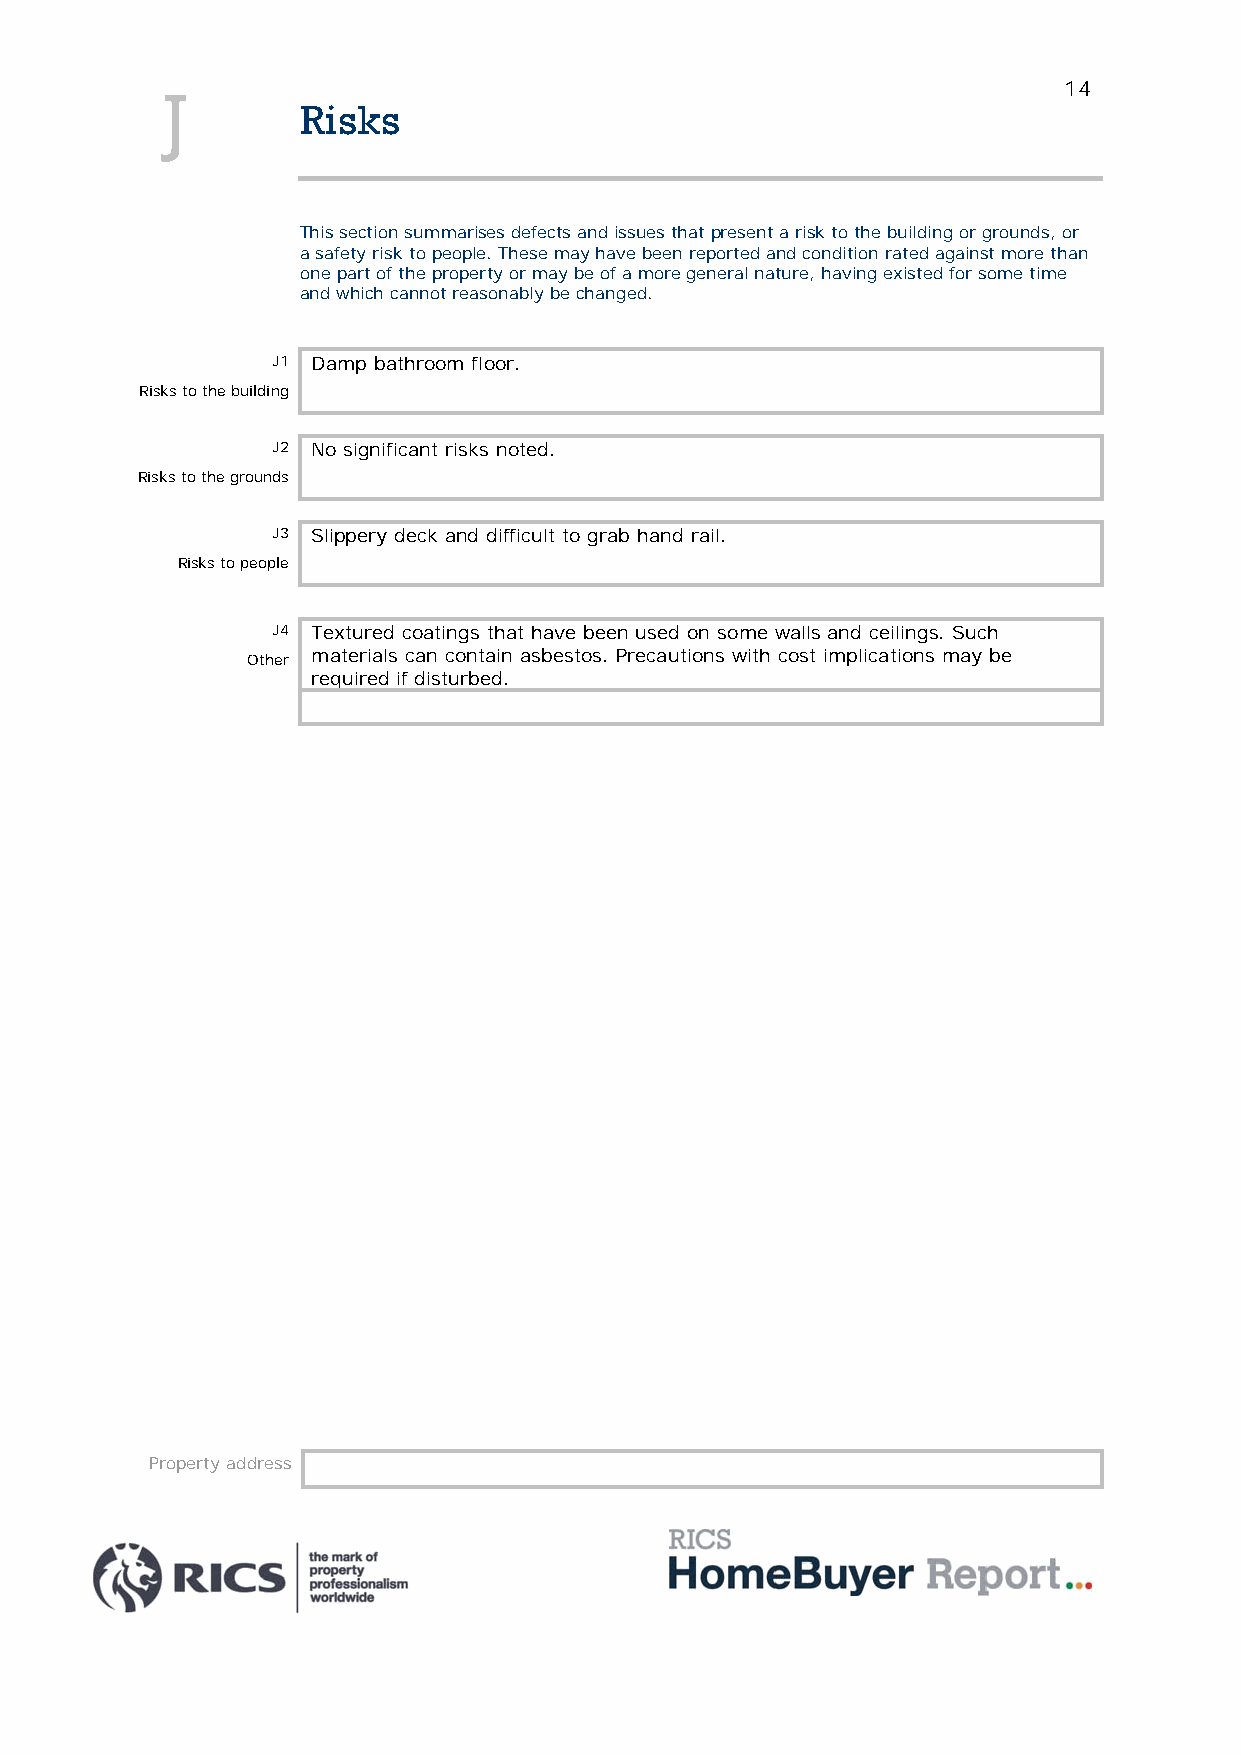
14
 J
 Risks
 This section summarises defects and issues that present a risk to the building or grounds, or
 a safety risk to people. These may have been reported and condition rated against more than
 one part of the property or may be of a more general nature, having existed for some time
 and which cannot reasonably be changed.
 J1 Damp bathroom floor.
 Risks to the building
 J2 No significant risks noted.
 Risks to the grounds
 J3 Slippery deck and difficult to grab hand rail.
 Risks to people
 J4 Textured coatings that have been used on some walls and ceilings. Such
 materials can contain asbestos. Precautions with cost implications may be
 Other
 required if disturbed.
 Property address